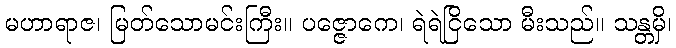
မဟာရာဇ၊ မြတ်သောမင်းကြီး။ ပဇ္ဇောကေ၊ ရဲရဲငြိသော မီးသည်။ သန္တမှိ၊